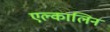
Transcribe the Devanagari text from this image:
एल्कालिन